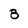
Character: 8